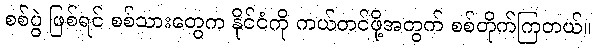
စစ်ပွဲ ဖြစ်ရင် စစ်သားတွေက နိုင်ငံကို ကယ်တင်ဖို့အတွက် စစ်တိုက်ကြတယ်။